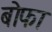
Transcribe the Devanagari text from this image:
बोफा